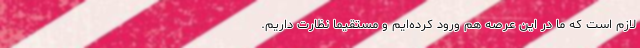
لازم است که ما در این عرصه هم ورود کرده‌ایم و مستقیماً نظارت داریم.